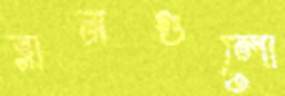
রানগুলো